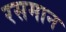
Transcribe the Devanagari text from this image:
रसमान